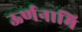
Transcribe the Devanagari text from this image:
ऊर्णनामि